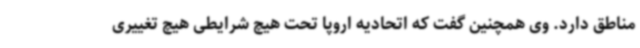
مناطق دارد. وی همچنین گفت که اتحادیه اروپا تحت هیچ شرایطی هیچ تغییری